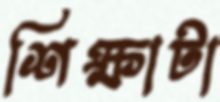
শিক্ষাটা